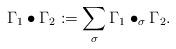
LaTeX: \begin{align*}\Gamma_1\bullet\Gamma_2 := \sum_\sigma \Gamma_1 \bullet_\sigma \Gamma_2.\end{align*}